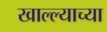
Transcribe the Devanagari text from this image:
खाल्ल्याच्या